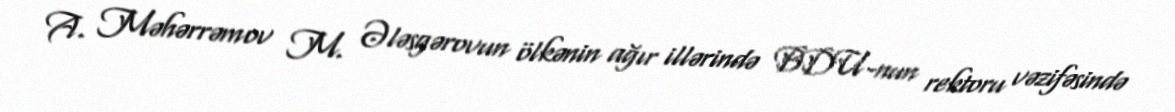
A. Məhərrəmov M. Ələsgərovun ölkənin ağır illərində BDU-nun rektoru vəzifəsində